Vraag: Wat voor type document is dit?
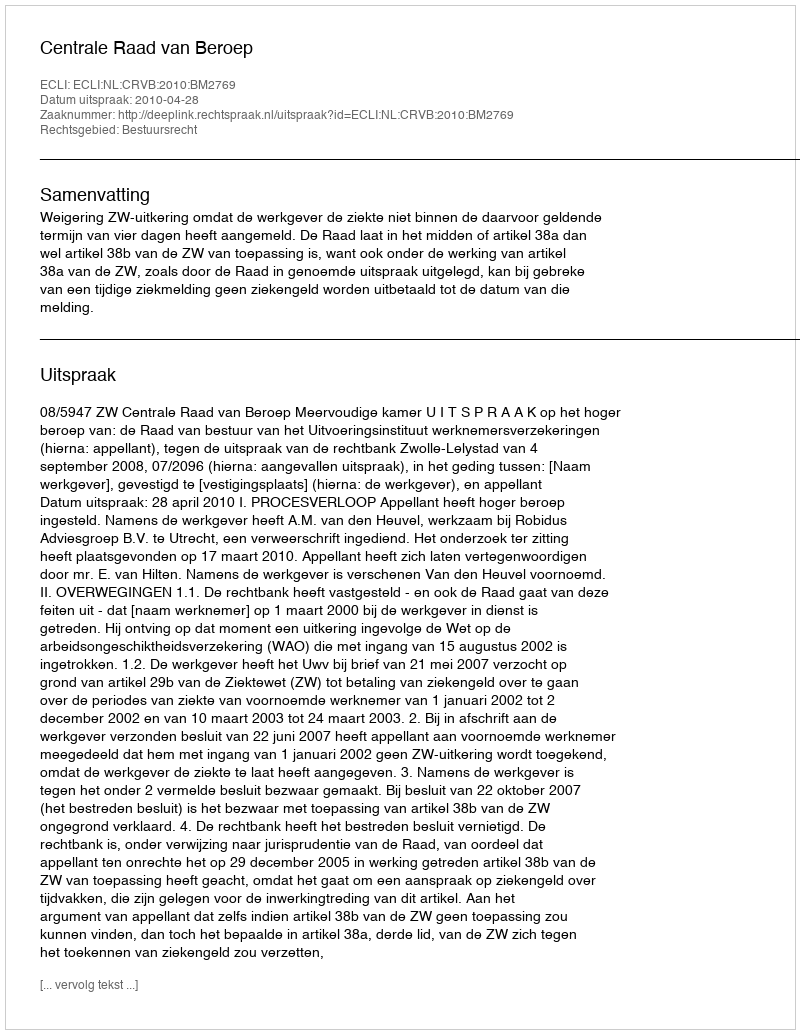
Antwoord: Uitspraak